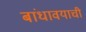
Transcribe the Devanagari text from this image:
बांधावयाची